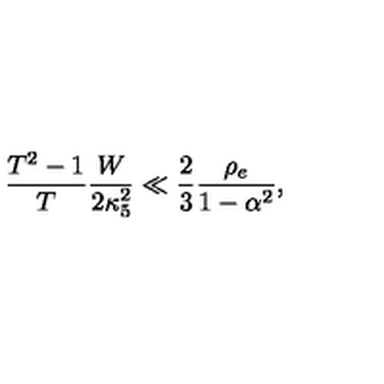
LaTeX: \frac { T ^ { 2 } - 1 } { T } \frac { W } { 2 \kappa _ { 5 } ^ { 2 } } \ll \frac { 2 } { 3 } \frac { \rho _ { e } } { 1 - \alpha ^ { 2 } } ,